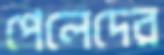
পেলেদের